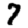
Digit: 7